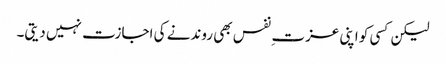
لیکن کسی کو اپنی عزت ِ نفس بھی روندنے کی اجازت نہیں دیتی۔